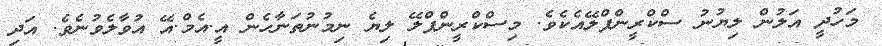
މަހުދީ އަލުން ލިޔުނު ސްކްރީންޕްލޭއެކެވެ. މިސްކްރީންޕްލޭ ލިޔެ ނިމުނުތަނާހެން އީ.އެމް.އޭ އުވާލެވުނެވެ. އަދި